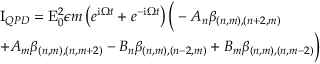
\begin{array} { r l } & { \mathrm { I } _ { Q P D } = \mathrm { E } _ { 0 } ^ { 2 } \epsilon m \left( e ^ { \mathrm { i } \Omega t } + e ^ { - \mathrm { i } \Omega t } \right) \Big ( - A _ { n } \beta _ { ( n , m ) , ( n + 2 , m ) } } \\ & { + A _ { m } \beta _ { ( n , m ) , ( n , m + 2 ) } - B _ { n } \beta _ { ( n , m ) , ( n - 2 , m ) } + B _ { m } \beta _ { ( n , m ) , ( n , m - 2 ) } \Big ) } \end{array}